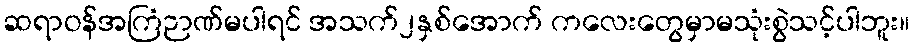
ဆရာဝန်အကြံဉာဏ်မပါရင် အသက်၂နှစ်အောက် ကလေးတွေမှာမသုံးစွဲသင့်ပါဘူး။